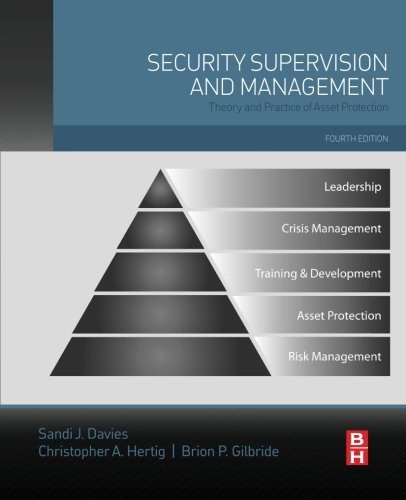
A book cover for Security Supervision and Management, Fourth Edition: Theory and Practice of Asset Protection; IFPO; Business & Money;